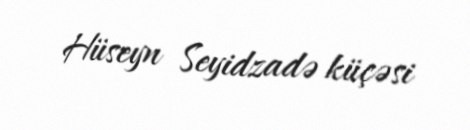
Hüseyn Seyidzadə küçəsi